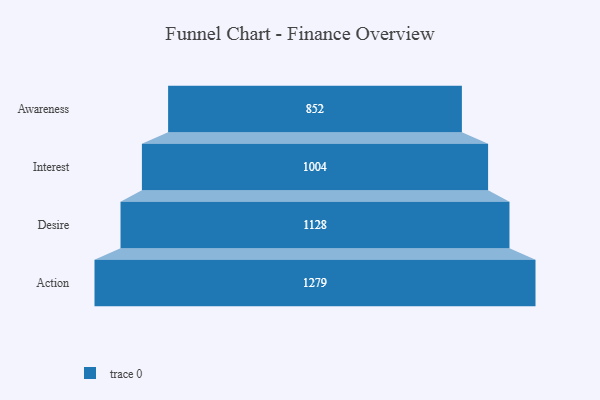
{"axis": {"x": "Stage", "y": "Value"}, "legend": [""], "data": [{"x": "Awareness", "y": 852.0, "type": ""}, {"x": "Interest", "y": 1004.0, "type": ""}, {"x": "Desire", "y": 1128.0, "type": ""}, {"x": "Action", "y": 1279.0, "type": ""}]}